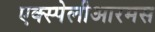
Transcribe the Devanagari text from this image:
एक्स्पेलीआरमस